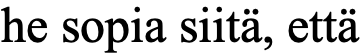
he sopia siitä, että